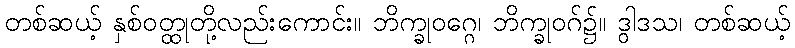
တစ်ဆယ့် နှစ်ဝတ္ထုတို့လည်းကောင်း။ ဘိက္ခုဝဂ္ဂေ၊ ဘိက္ခုဝဂ်၌။ ဒွါဒသ၊ တစ်ဆယ့်